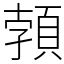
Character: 𩓐